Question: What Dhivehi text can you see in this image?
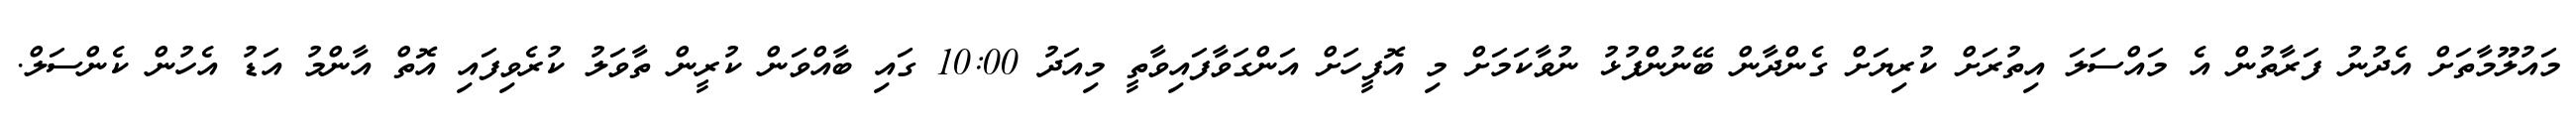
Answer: މައުލޫމާތަށް އެދުނު ފަރާތުން އެ މައްސަލަ އިތުރަށް ކުރިޔަށް ގެންދާން ބޭނުންފުޅު ނުވާކަމަށް މި އޮފީހަށް އަންގަވާފައިވާތީ މިއަދު 10:00 ގައި ބާއްވަން ކުރީން ތާވަލު ކުރެވިފައި އޮތް އާންމު އަޑު އެހުން ކެންސަލް.